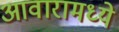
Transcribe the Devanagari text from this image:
आवारामध्ये